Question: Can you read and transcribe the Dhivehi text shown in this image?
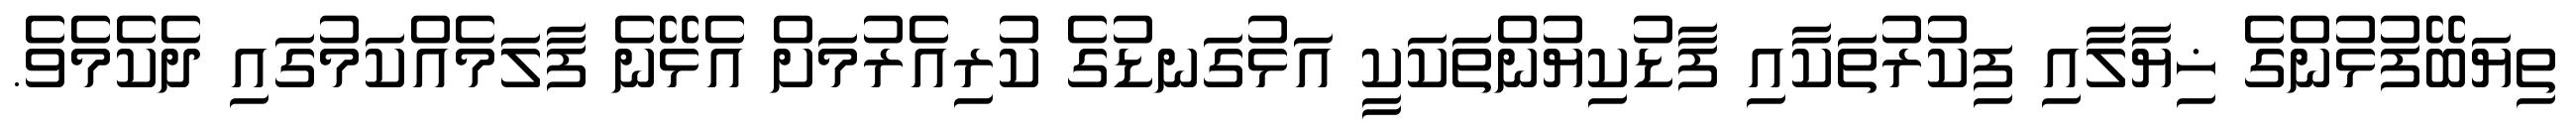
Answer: ތިޔަބޭފުޅުންގެ ޚިޔާލާއި ފިކުރުތަކާއި ފާޑުކިޔުންތަކަކީ އަޅުގަނޑުގެ ކުރިއެރުމަށް އެޅޭނެ ފާލަމެއްކަމުގައި ދެކެމެވެ.